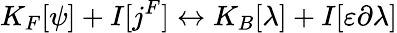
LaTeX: K_{F}[\psi]+I[j^{F}]\leftrightarrow K_{B}[\lambda]+I[\varepsilon\partial\lambda]